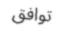
توافق